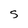
Character: S